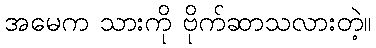
အမေက သားကို ဗိုက်ဆာသလားတဲ့။